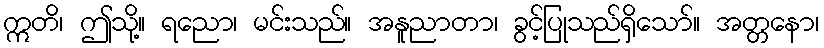
ဣတိ၊ ဤသို့။ ရညော၊ မင်းသည်။ အနူညာတာ၊ ခွင့်ပြုသည်ရှိသော်။ အတ္တနော၊